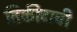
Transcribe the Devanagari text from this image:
तिकीटाची